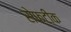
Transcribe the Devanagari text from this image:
सेफ्टीक